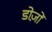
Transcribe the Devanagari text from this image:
डोज़ों